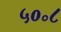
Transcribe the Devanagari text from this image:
५०॰८